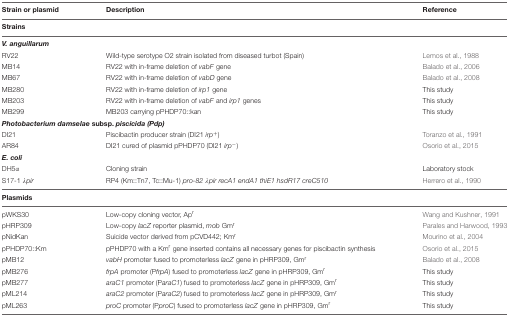
<table><thead><tr><td><b>Strain or plasmid</b></td><td><b>Description</b></td><td><b>Reference</b></td></tr></thead><tbody><tr><td><b>Strains</b></td><td></td><td></td></tr><tr><td><b><i>V. anguillarum</i></b></td><td></td><td></td></tr><tr><td>RV22</td><td>Wild-type serotype O2 strain isolated from diseased turbot (Spain)</td><td>Lemos et al., 1988</td></tr><tr><td>MB14</td><td>RV22 with in-frame deletion of <i>vabF</i> gene</td><td>Balado et al., 2006</td></tr><tr><td>MB67</td><td>RV22 with in-frame deletion of <i>vabD</i> gene</td><td>Balado et al., 2008</td></tr><tr><td>MB280</td><td>RV22 with in-frame deletion of <i>irp1</i> gene</td><td>This study</td></tr><tr><td>MB203</td><td>RV22 with in-frame deletion of <i>vabF</i> and <i>irp1</i> genes</td><td>This study</td></tr><tr><td>MB299</td><td>MB203 carrying pPHDP70::kan</td><td>This study</td></tr><tr><td colspan="2"><b><i>Photobacterium damselae</i> subsp. <i>piscicida (Pdp)</i></b></td><td></td></tr><tr><td>DI21</td><td>Piscibactin producer strain (DI21 <i>irp</i><sup>+</sup>)</td><td>Toranzo et al., 1991</td></tr><tr><td>AR84</td><td>DI21 cured of plasmid pPHDP70 (DI21 <i>irp</i><sup>-</sup>)</td><td>Osorio et al., 2015</td></tr><tr><td><b><i>E. coli</i></b></td><td></td><td></td></tr><tr><td>DH5α</td><td>Cloning strain</td><td>Laboratory stock</td></tr><tr><td>S17-1 λ<i>pir</i></td><td>RP4 (Km::Tn7, Tc::Mu-1) <i>pro-82 λpir recA1 endA1 thiE1 hsdR17 creC510</i></td><td>Herrero et al., 1990</td></tr><tr><td><b>Plasmids</b></td><td></td><td></td></tr><tr><td>pWKS30</td><td>Low-copy cloning vector, Ap<sup>r</sup></td><td>Wang and Kushner, 1991</td></tr><tr><td>pHRP309</td><td>Low-copy <i>lacZ</i> reporter plasmid, <i>mob</i> Gm<sup>r</sup></td><td>Parales and Harwood, 1993</td></tr><tr><td>pNidKan</td><td>Suicide vector derived from pCVD442; Km<sup>r</sup></td><td>Mourino et al., 2004</td></tr><tr><td>pPHDP70::Km</td><td>pPHDP70 with a Km<sup>r</sup> gene inserted contains all necessary genes for piscibactin synthesis</td><td>Osorio et al., 2015</td></tr><tr><td>pMB12</td><td><i>vabH</i> promoter fused to promoterless <i>lacZ</i> gene in pHRP309, Gm<sup>r</sup></td><td>Balado et al., 2008</td></tr><tr><td>pMB276</td><td><i>frpA</i> promoter (P<i>frpA</i>) fused to promoterless <i>lacZ</i> gene in pHRP309, Gm<sup>r</sup></td><td>This study</td></tr><tr><td>pMB277</td><td><i>araC1</i> promoter (P<i>araC1</i>) fused to promoterless <i>lacZ</i> gene in pHRP309, Gm<sup>r</sup></td><td>This study</td></tr><tr><td>pML214</td><td><i>araC2</i> promoter (P<i>araC2</i>) fused to promoterless <i>lacZ</i> gene in pHRP309, Gm<sup>r</sup></td><td>This study</td></tr><tr><td>pML263</td><td><i>proC</i> promoter (P<i>proC</i>) fused to promoterless <i>lacZ</i> gene in pHRP309, Gm<sup>r</sup></td><td>This study</td></tr></tbody></table>